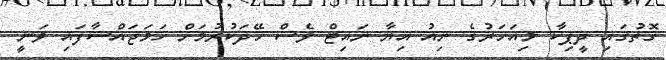
ގޮތުގައި ދީޕިކާ މިއަަހަރުގެ ނިއު އިޔާ ނައިޓް ވެސް ހޭދަކުރުމަށް ހަމަޖައްސާފައި ވަނީ